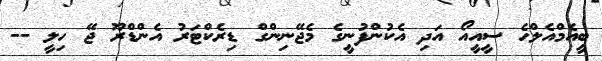
ބީއެމްއެލްހެ ސީއީއޯ އަދި އެކުންފުނީގެ މެޖޭނިންގް ޑިރެކްޓަރު އެންޑްރޫ ޖޭ ހިލީ --